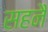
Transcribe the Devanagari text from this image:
सहनै